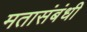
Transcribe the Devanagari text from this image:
मतासंबंधी